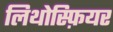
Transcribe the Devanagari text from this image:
लिथोस्फ़ियर